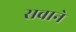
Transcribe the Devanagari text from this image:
सवाने